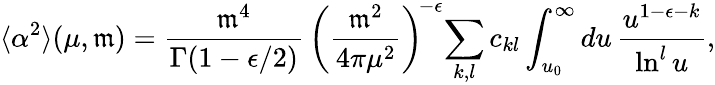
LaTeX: \langle\alpha^{2}\rangle(\mu,\mathfrak{m})=\frac{{\mathfrak{m}^{4}}}{{\Gamma(1-\epsilon/2)}}\, \left(\frac{{\mathfrak{m}^{2}}}{{4\pi\mu^{2}}}\right)^{\! -\epsilon}\! \sum_{k,l}c_{kl}\int_{u_{0}}^{\infty}du\, \frac{{u^{1-\epsilon-k}}}{{\ln^{l}u}},